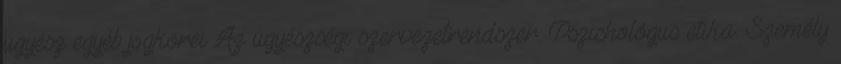
ügyész egyéb jogkörei Az ügyészségi szervezetrendszer. Pszichológus etika. Személy